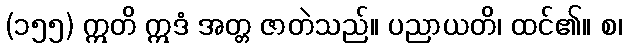
(၁၅၅) ဣတိ ဣဒံ အတ္တ ဇာတဲသည်။ ပညာယတိ၊ ထင်၏။ စ၊